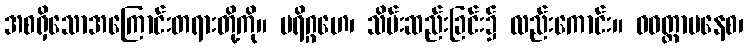
အစရှိသောအကြောင်းတရားတို့ကို။ ပရိဂ္ဂဟေ၊ သိမ်းဆည်းခြင်း၌ လည်းကောင်း။ ဝဝတ္တာပနေစ၊